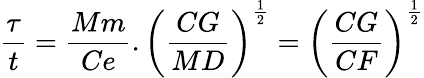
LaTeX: {\frac{\tau}{t}}={\frac{Mm}{Ce}}.\left({\frac{CG}{MD}}\right)^{\frac{1}{2}}=\left({\frac{CG}{CF}}\right)^{\frac{1}{2}}